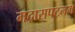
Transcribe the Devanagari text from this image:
मद्रासपटनम